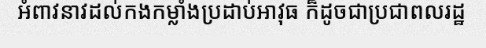
អំពាវនាវដល់កងកម្លាំងប្រដាប់អាវុធ ក៏ដូចជាប្រជាពលរដ្ឋ